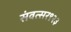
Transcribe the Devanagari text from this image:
संवत्सर९२३